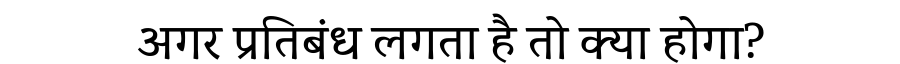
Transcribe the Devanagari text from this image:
अगर प्रतिबंध लगता है तो क्या होगा?